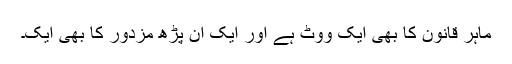
ماہر قانون کا بھی ایک ووٹ ہے اور ایک ان پڑھ مزدور کا بھی ایک۔